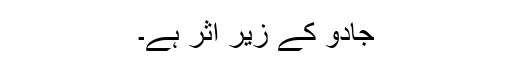
جادو کے زیر اثر ہے۔